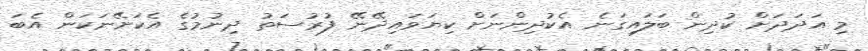
މި އަދަދަށް ކުދިން ބަލައިގަނެ އެކުދިންނަށް ކިޔަވައިދޭނޭ ފުރުސަތު ދިނުމުގެ އެކަށޭނަކަން އެބަ